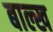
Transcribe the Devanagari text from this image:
बाल्ख